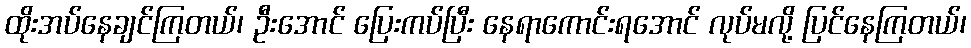
ထိုးအပ်နေချင်ကြတယ်၊ ဦးအောင် ပြေးကပ်ပြီး နေရာကောင်းရအောင် လုပ်မလို့ ပြင်နေကြတယ်၊